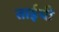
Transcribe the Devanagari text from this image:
ताईची